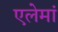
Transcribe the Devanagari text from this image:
एलेमां